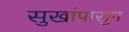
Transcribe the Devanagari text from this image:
सुखांपासुन